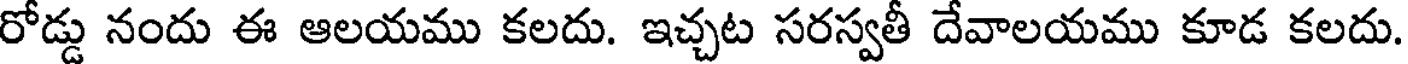
రోడ్డు నందు ఈ ఆలయము కలదు. ఇచ్చట సరస్వతీ దేవాలయము కూడ కలదు